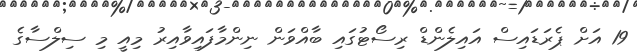
19 އަށް ޕެރަޑައިސް އައިލެންޑް ރިސޯޓުގައި ބާއްވަން ނިންމާފައިވާއިރު މިއީ މި ސިލްސާގެ